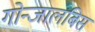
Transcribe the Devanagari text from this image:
गोन्जालबिस